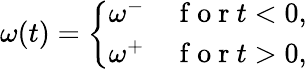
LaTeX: \begin{array}{r}{\omega(t)=\left\{ \begin{array}{ll}{\omega^{-}}&{\mathrm{~f~o~r~}t<0,}\\ {\omega^{+}}&{\mathrm{~f~o~r~}t>0,}\end{array}\right.}\end{array}